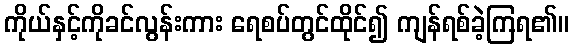
ကိုယ်နှင့်ကိုခင်လွန်းကား ရေစပ်တွင်ထိုင်၍ ကျန်ရစ်ခဲ့ကြရ၏။